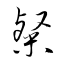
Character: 粲